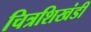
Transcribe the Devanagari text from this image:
चित्रशिखंडी